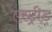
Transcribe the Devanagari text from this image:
एस्ट्रीड